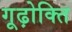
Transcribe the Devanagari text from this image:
गूढ़ोक्ति